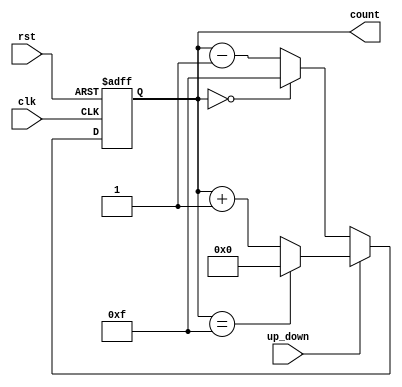
module UpDownCounter (
    input wire clk,              // Clock signal
    input wire rst,              // Asynchronous reset signal
    input wire up_down,          // Up/Down control signal
    output reg [3:0] count       // 4-bit counter output
);

    always @(posedge clk or posedge rst) begin
        if (rst) begin
            // Asynchronous reset: set count to 0
            count <= 4'b0000;
        end else begin
            if (up_down) begin
                // Count up
                if (count == 4'b1111) begin
                    count <= 4'b0000; // Wrap around on overflow
                end else begin
                    count <= count + 1;
                end
            end else begin
                // Count down
                if (count == 4'b0000) begin
                    count <= 4'b1111; // Wrap around on underflow
                end else begin
                    count <= count - 1;
                end
            end
        end
    end

endmodule